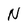
Character: N